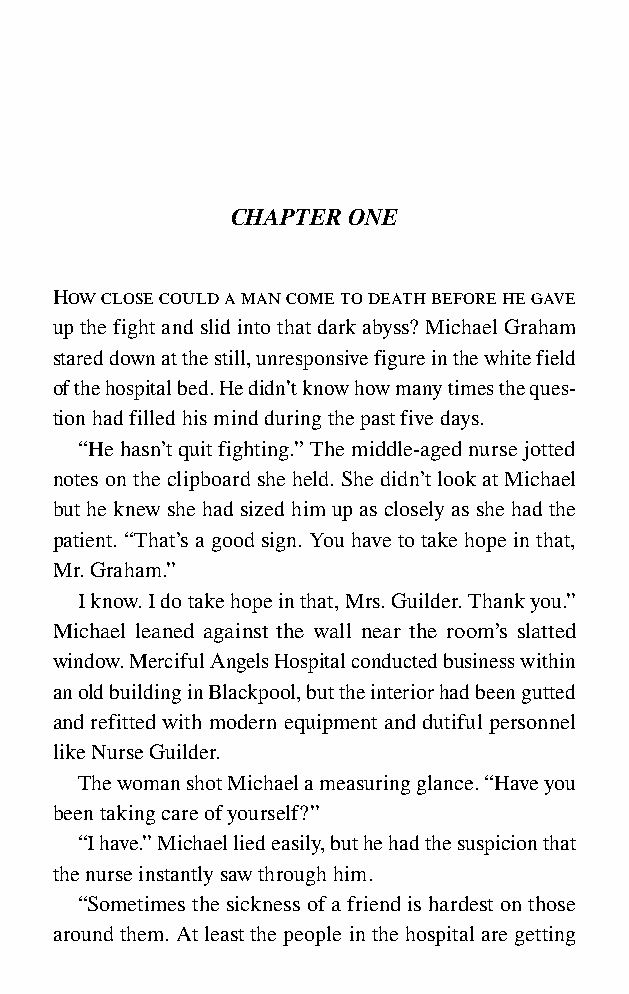
CHAPTER ONE
 How close could a man come to death before he gave
 up the fight and slid into that dark abyss? Michael Graham
 stared down at the still, unresponsive figure in the white field
 of the hospital bed. He didn’t know how many times the ques-
 tion had filled his mind during the past five days.
 “He hasn’t quit fighting.” The middle-aged nurse jotted
 notes on the clipboard she held. She didn’t look at Michael
 but he knew she had sized him up as closely as she had the
 patient. “That’s a good sign. You have to take hope in that,
 Mr. Graham.”
 I know. I do take hope in that, Mrs. Guilder. Thank you.”
 Michael leaned against the wall near the room’s slatted
 window. Merciful Angels Hospital conducted business within
 an old building in Blackpool, but the interior had been gutted
 and refitted with modern equipment and dutiful personnel
 like Nurse Guilder.
 The woman shot Michael a measuring glance. “Have you
 been taking care of yourself?”
 “I have.” Michael lied easily, but he had the suspicion that
 the nurse instantly saw through him.
 “Sometimes the sickness of a friend is hardest on those
 around them. At least the people in the hospital are getting